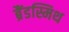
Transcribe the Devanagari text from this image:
ब्रैंडस्मिथ